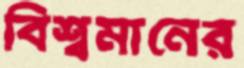
বিশ্বমানের